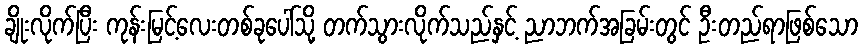
ချိုးလိုက်ပြီး ကုန်းမြင့်လေးတစ်ခုပေါ်သို့ တက်သွားလိုက်သည်နှင့် ညာဘက်အခြမ်းတွင် ဦးတည်ရာဖြစ်သော